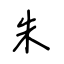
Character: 朱